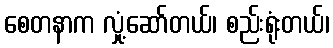
စေတနာက လှုံ့ဆော်တယ်၊ စည်းရုံးတယ်၊